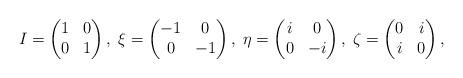
LaTeX: \begin{align*}I=\begin{pmatrix} 1 & 0 \\ 0 & 1 \end{pmatrix}, \;\xi=\begin{pmatrix} -1 & 0 \\ 0 & -1 \end{pmatrix}, \; \eta=\begin{pmatrix} i & 0 \\ 0 & -i \end{pmatrix}, \; \zeta=\begin{pmatrix} 0 & i \\ i & 0 \end{pmatrix}, \end{align*}